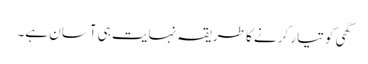
گھی کو تیار کرنے کا طریقہ نہایت ہی آسان ہے۔